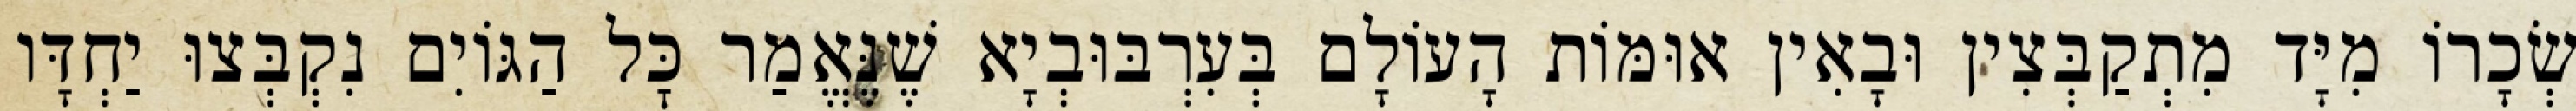
שְׂכָרוֹ מִיָּד מִתְקַבְּצִין וּבָאִין אוּמּוֹת הָעוֹלָם בְּעִרְבּוּבְיָא שֶׁנֶּאֱמַר כׇּל הַגּוֹיִם נִקְבְּצוּ יַחְדָּו